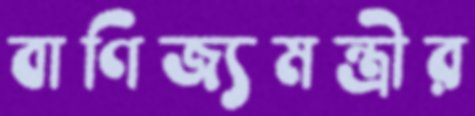
বাণিজ্যমন্ত্রীর